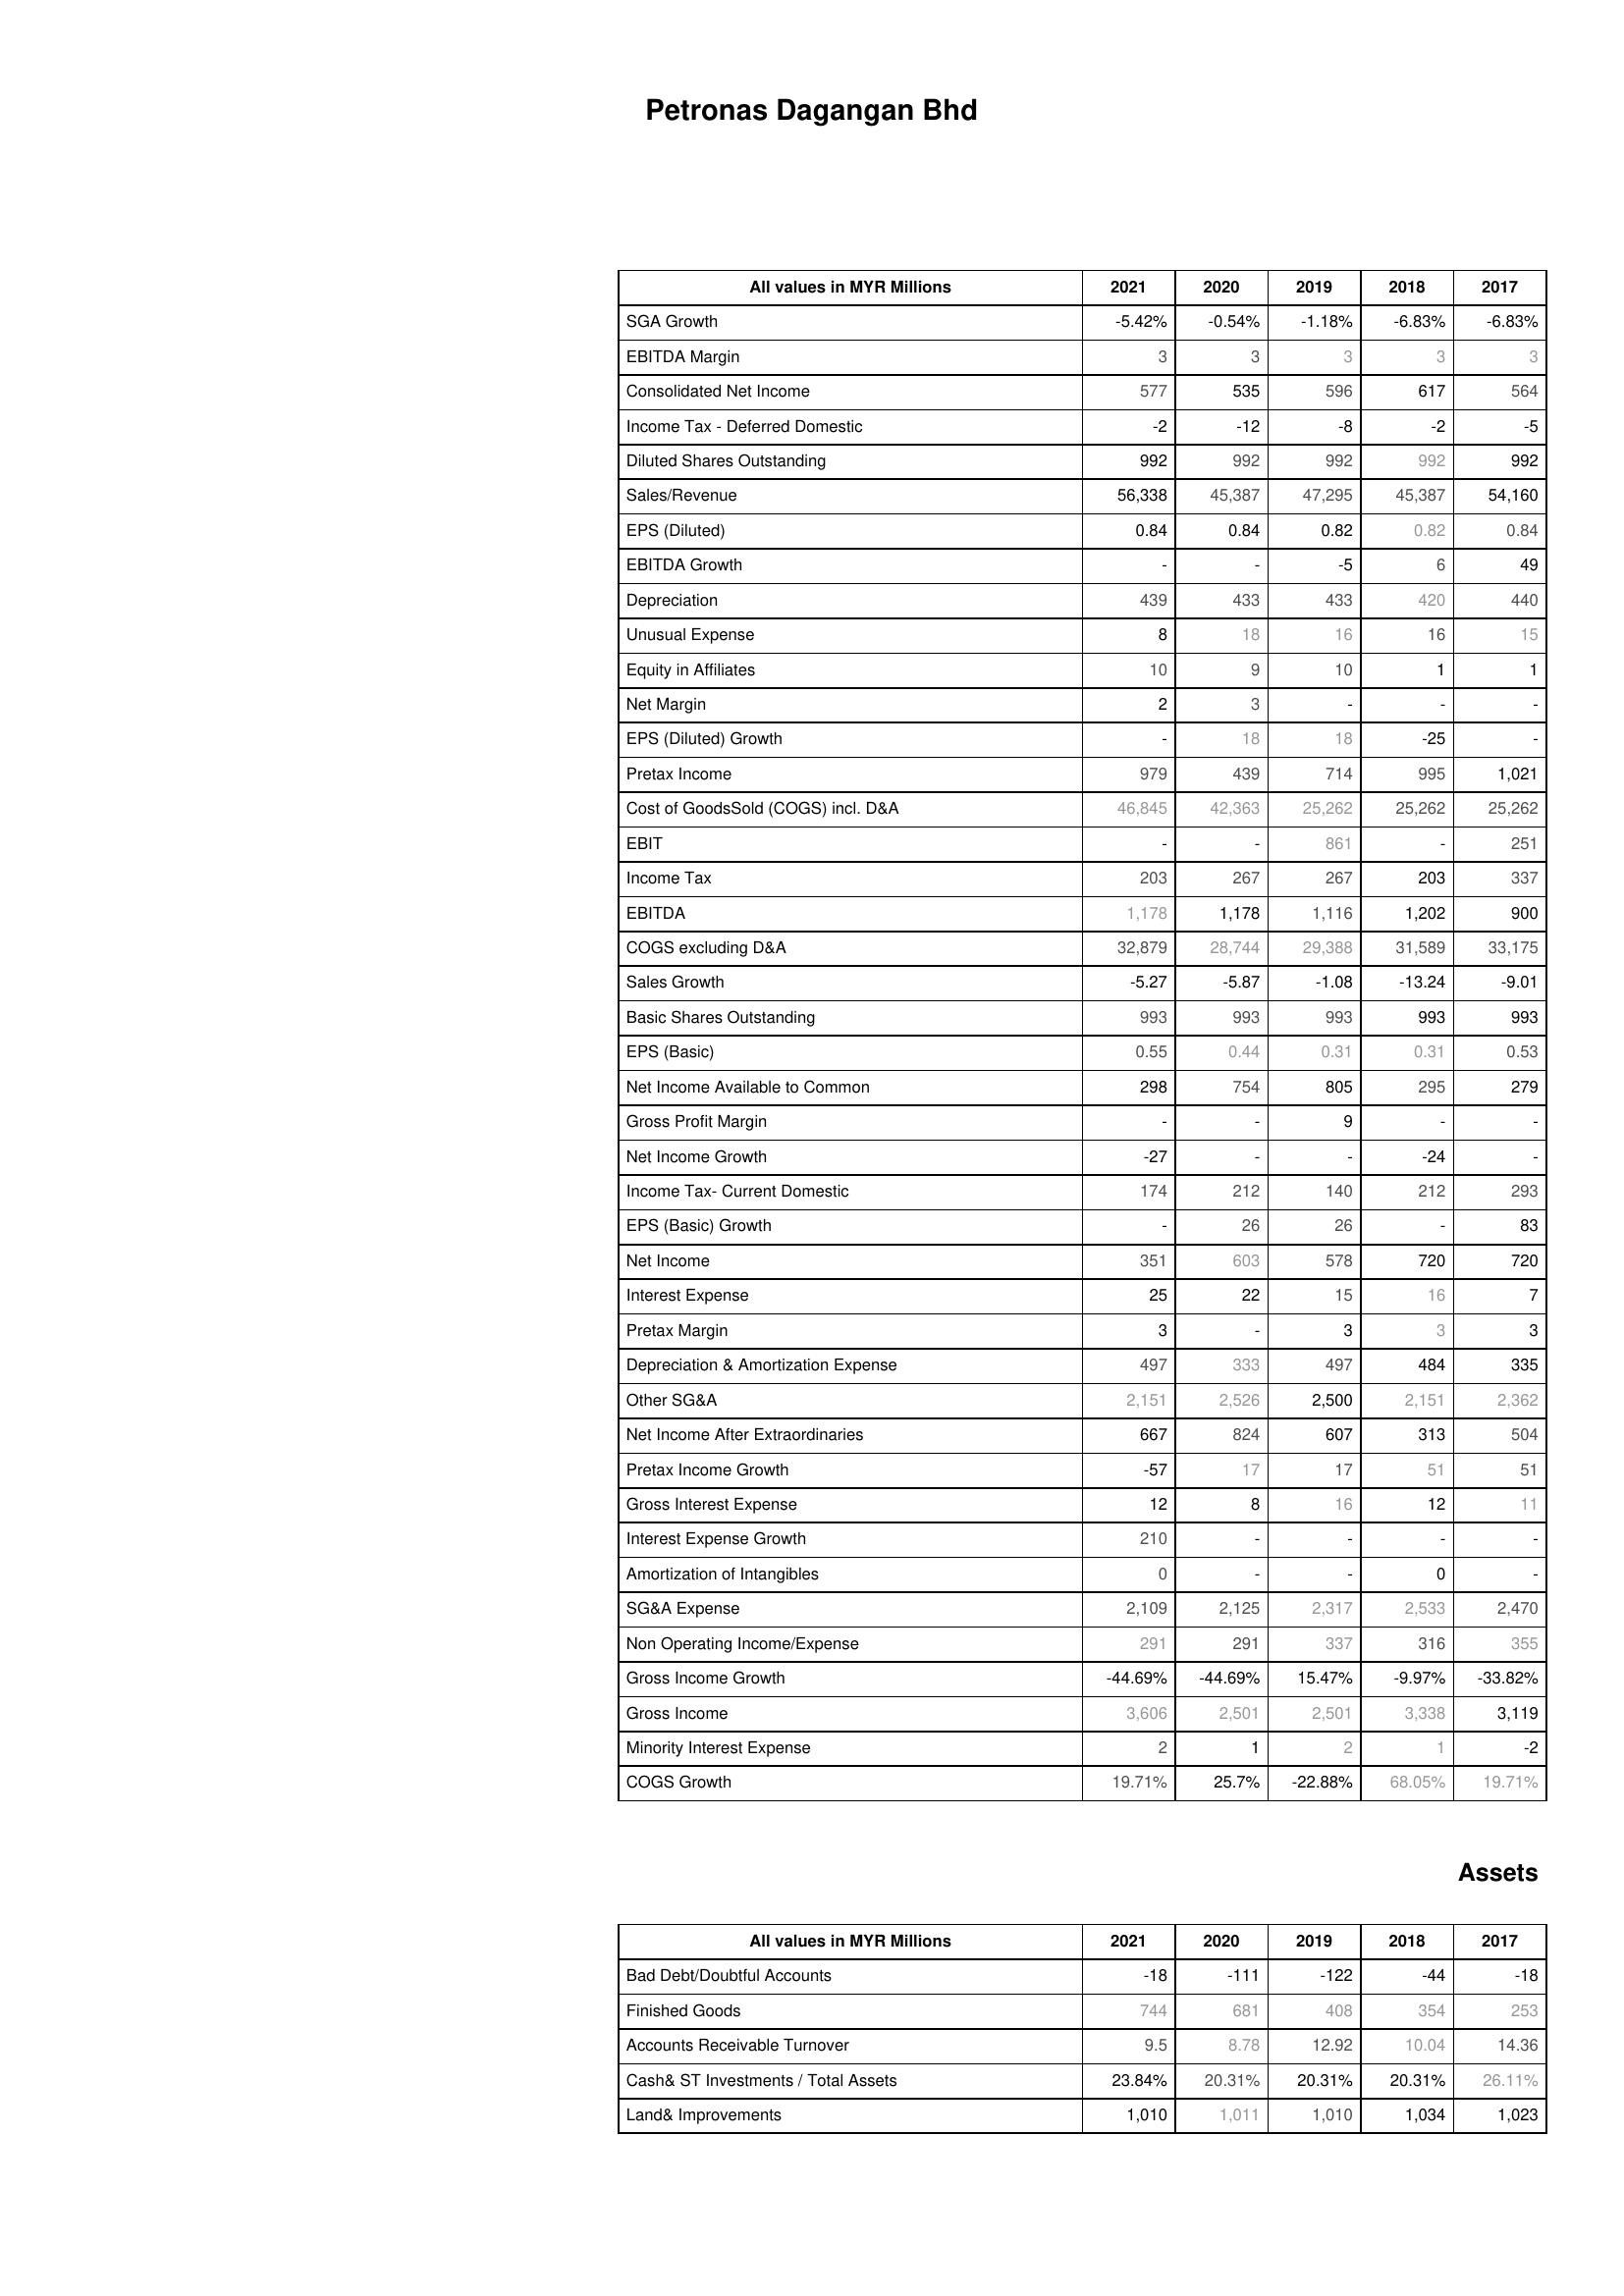
2021: : SGA Growth: -5.42%
EBITDA Margin: 3
Consolidated Net Income: 577
Income Tax - Deferred Domestic: -2
Diluted Shares Outstanding: 992
Sales/Revenue: 56,338
EPS (Diluted): 0.84
EBITDA Growth: -
Depreciation: 439
Unusual Expense: 8
Equity in Affiliates: 10
Net Margin: 2
EPS (Diluted) Growth: -
Pretax Income: 979
Cost of GoodsSold (COGS) incl. D&A: 46,845
EBIT: -
Income Tax: 203
EBITDA: 1,178
COGS excluding D&A: 32,879
Sales Growth: -5.27
Basic Shares Outstanding: 993
EPS (Basic): 0.55
Net Income Available to Common: 298
Gross Profit Margin: -
Net Income Growth: -27
Income Tax- Current Domestic: 174
EPS (Basic) Growth: -
Net Income: 351
Interest Expense: 25
Pretax Margin: 3
Depreciation & Amortization Expense: 497
Other SG&A: 2,151
Net Income After Extraordinaries: 667
Pretax Income Growth: -57
Gross Interest Expense: 12
Interest Expense Growth: 210
Amortization of Intangibles: 0
SG&A Expense: 2,109
Non Operating Income/Expense: 291
Gross Income Growth: -44.69%
Gross Income: 3,606
Minority Interest Expense: 2
COGS Growth: 19.71%
Assets: Bad Debt/Doubtful Accounts: -18
Finished Goods: 744
Accounts Receivable Turnover: 9.5
Cash& ST Investments / Total Assets: 23.84%
Land& Improvements: 1,010
2020: : SGA Growth: -0.54%
EBITDA Margin: 3
Consolidated Net Income: 535
Income Tax - Deferred Domestic: -12
Diluted Shares Outstanding: 992
Sales/Revenue: 45,387
EPS (Diluted): 0.84
EBITDA Growth: -
Depreciation: 433
Unusual Expense: 18
Equity in Affiliates: 9
Net Margin: 3
EPS (Diluted) Growth: 18
Pretax Income: 439
Cost of GoodsSold (COGS) incl. D&A: 42,363
EBIT: -
Income Tax: 267
EBITDA: 1,178
COGS excluding D&A: 28,744
Sales Growth: -5.87
Basic Shares Outstanding: 993
EPS (Basic): 0.44
Net Income Available to Common: 754
Gross Profit Margin: -
Net Income Growth: -
Income Tax- Current Domestic: 212
EPS (Basic) Growth: 26
Net Income: 603
Interest Expense: 22
Pretax Margin: -
Depreciation & Amortization Expense: 333
Other SG&A: 2,526
Net Income After Extraordinaries: 824
Pretax Income Growth: 17
Gross Interest Expense: 8
Interest Expense Growth: -
Amortization of Intangibles: -
SG&A Expense: 2,125
Non Operating Income/Expense: 291
Gross Income Growth: -44.69%
Gross Income: 2,501
Minority Interest Expense: 1
COGS Growth: 25.7%
Assets: Bad Debt/Doubtful Accounts: -111
Finished Goods: 681
Accounts Receivable Turnover: 8.78
Cash& ST Investments / Total Assets: 20.31%
Land& Improvements: 1,011
2019: : SGA Growth: -1.18%
EBITDA Margin: 3
Consolidated Net Income: 596
Income Tax - Deferred Domestic: -8
Diluted Shares Outstanding: 992
Sales/Revenue: 47,295
EPS (Diluted): 0.82
EBITDA Growth: -5
Depreciation: 433
Unusual Expense: 16
Equity in Affiliates: 10
Net Margin: -
EPS (Diluted) Growth: 18
Pretax Income: 714
Cost of GoodsSold (COGS) incl. D&A: 25,262
EBIT: 861
Income Tax: 267
EBITDA: 1,116
COGS excluding D&A: 29,388
Sales Growth: -1.08
Basic Shares Outstanding: 993
EPS (Basic): 0.31
Net Income Available to Common: 805
Gross Profit Margin: 9
Net Income Growth: -
Income Tax- Current Domestic: 140
EPS (Basic) Growth: 26
Net Income: 578
Interest Expense: 15
Pretax Margin: 3
Depreciation & Amortization Expense: 497
Other SG&A: 2,500
Net Income After Extraordinaries: 607
Pretax Income Growth: 17
Gross Interest Expense: 16
Interest Expense Growth: -
Amortization of Intangibles: -
SG&A Expense: 2,317
Non Operating Income/Expense: 337
Gross Income Growth: 15.47%
Gross Income: 2,501
Minority Interest Expense: 2
COGS Growth: -22.88%
Assets: Bad Debt/Doubtful Accounts: -122
Finished Goods: 408
Accounts Receivable Turnover: 12.92
Cash& ST Investments / Total Assets: 20.31%
Land& Improvements: 1,010
2018: : SGA Growth: -6.83%
EBITDA Margin: 3
Consolidated Net Income: 617
Income Tax - Deferred Domestic: -2
Diluted Shares Outstanding: 992
Sales/Revenue: 45,387
EPS (Diluted): 0.82
EBITDA Growth: 6
Depreciation: 420
Unusual Expense: 16
Equity in Affiliates: 1
Net Margin: -
EPS (Diluted) Growth: -25
Pretax Income: 995
Cost of GoodsSold (COGS) incl. D&A: 25,262
EBIT: -
Income Tax: 203
EBITDA: 1,202
COGS excluding D&A: 31,589
Sales Growth: -13.24
Basic Shares Outstanding: 993
EPS (Basic): 0.31
Net Income Available to Common: 295
Gross Profit Margin: -
Net Income Growth: -24
Income Tax- Current Domestic: 212
EPS (Basic) Growth: -
Net Income: 720
Interest Expense: 16
Pretax Margin: 3
Depreciation & Amortization Expense: 484
Other SG&A: 2,151
Net Income After Extraordinaries: 313
Pretax Income Growth: 51
Gross Interest Expense: 12
Interest Expense Growth: -
Amortization of Intangibles: 0
SG&A Expense: 2,533
Non Operating Income/Expense: 316
Gross Income Growth: -9.97%
Gross Income: 3,338
Minority Interest Expense: 1
COGS Growth: 68.05%
Assets: Bad Debt/Doubtful Accounts: -44
Finished Goods: 354
Accounts Receivable Turnover: 10.04
Cash& ST Investments / Total Assets: 20.31%
Land& Improvements: 1,034
2017: : SGA Growth: -6.83%
EBITDA Margin: 3
Consolidated Net Income: 564
Income Tax - Deferred Domestic: -5
Diluted Shares Outstanding: 992
Sales/Revenue: 54,160
EPS (Diluted): 0.84
EBITDA Growth: 49
Depreciation: 440
Unusual Expense: 15
Equity in Affiliates: 1
Net Margin: -
EPS (Diluted) Growth: -
Pretax Income: 1,021
Cost of GoodsSold (COGS) incl. D&A: 25,262
EBIT: 251
Income Tax: 337
EBITDA: 900
COGS excluding D&A: 33,175
Sales Growth: -9.01
Basic Shares Outstanding: 993
EPS (Basic): 0.53
Net Income Available to Common: 279
Gross Profit Margin: -
Net Income Growth: -
Income Tax- Current Domestic: 293
EPS (Basic) Growth: 83
Net Income: 720
Interest Expense: 7
Pretax Margin: 3
Depreciation & Amortization Expense: 335
Other SG&A: 2,362
Net Income After Extraordinaries: 504
Pretax Income Growth: 51
Gross Interest Expense: 11
Interest Expense Growth: -
Amortization of Intangibles: -
SG&A Expense: 2,470
Non Operating Income/Expense: 355
Gross Income Growth: -33.82%
Gross Income: 3,119
Minority Interest Expense: -2
COGS Growth: 19.71%
Assets: Bad Debt/Doubtful Accounts: -18
Finished Goods: 253
Accounts Receivable Turnover: 14.36
Cash& ST Investments / Total Assets: 26.11%
Land& Improvements: 1,023